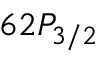
6 2 P _ { 3 / 2 }